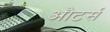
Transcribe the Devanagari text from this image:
औटर्स